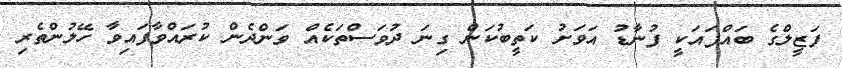
ފަޒީލްގެ ބައްޕައަކީ ފުނާޑު އަވަށު ކަތީބުކަން ގިނަ ދުވަސްތަކެއް ވަންދެން ކުރައްވާފައިވާ ހޭލުންތެރި